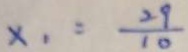
x _ { 1 } = \frac { 2 9 } { 1 0 }